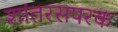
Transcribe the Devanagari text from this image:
शांतरसपरक